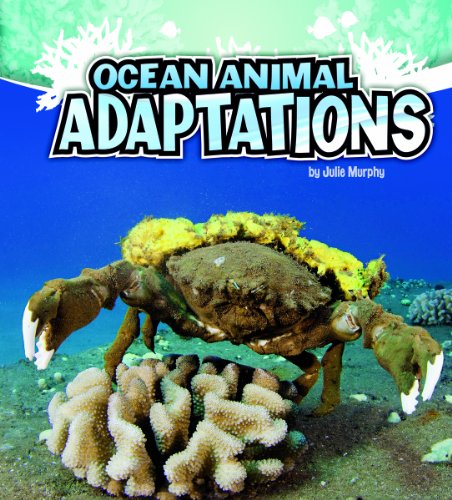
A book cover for Ocean Animal Adaptations (Amazing Animal Adaptations); Julie Murphy; Children's Books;